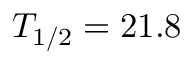
T _ { 1 / 2 } = 2 1 . 8